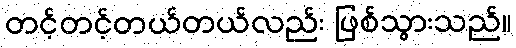
တင့်တင့်တယ်တယ်လည်း ဖြစ်သွားသည်။